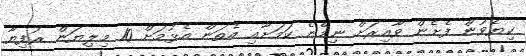
ކިޔެވުން ފެށެން ވާއިރަށް ނިމޭނެ ކަމަށާއި އެތަން އެޅުމަށް 10 މިލިޔަން ރުފިޔާ